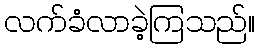
လက်ခံလာခဲ့ကြသည်။